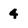
Character: 4